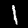
Digit: 1